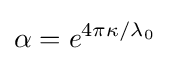
\alpha =e^{4\pi \kappa /\lambda _{0}}